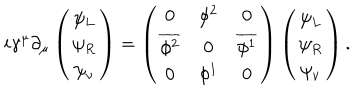
LaTeX: i \gamma ^ { \mu } \partial _ { \mu } \left( \begin{array} { c } { { \psi _ { L } } } \\ { { \psi _ { R } } } \\ { { \psi _ { \nu } } } \\ \end{array} \right) = \left( \begin{array} { c c c } { { 0 } } & { { \phi ^ { 2 } } } & { { 0 } } \\ { { \overline { { { \phi ^ { 2 } } } } } } & { { 0 } } & { { \overline { { { \phi ^ { 1 } } } } } } \\ { { 0 } } & { { \phi ^ { 1 } } } & { { 0 } } \\ \end{array} \right) \left( \begin{array} { c } { { \psi _ { L } } } \\ { { \psi _ { R } } } \\ { { \psi _ { \nu } } } \\ \end{array} \right) .